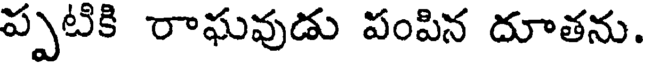
ప్పటికి రాఘవుడు పంపిన దూతను.